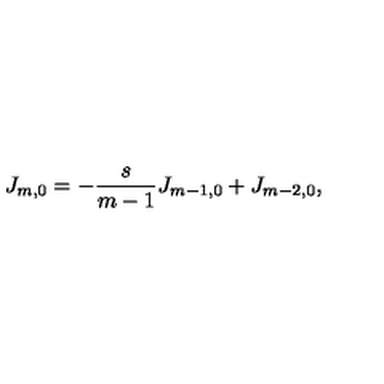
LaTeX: J _ { m , 0 } = - \frac { s } { m - 1 } J _ { m - 1 , 0 } + J _ { m - 2 , 0 } ,